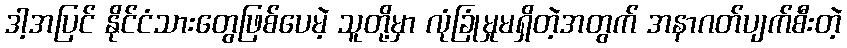
ဒါ့အပြင် နိုင်ငံသားတွေဖြစ်ပေမဲ့ သူတို့မှာ လုံခြုံမှုမရှိတဲ့အတွက် အနာဂတ်ပျက်စီးတဲ့